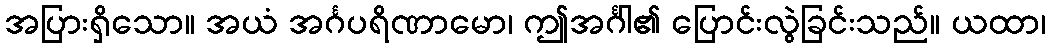
အပြားရှိသော။ အယံ အင်္ဂပရိဏာမော၊ ဤအင်္ဂါ၏ ပြောင်းလွဲခြင်းသည်။ ယထာ၊